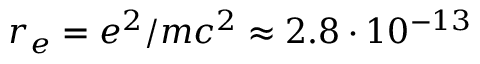
r _ { e } = e ^ { 2 } / m c ^ { 2 } \approx 2 . 8 \cdot 1 0 ^ { - 1 3 }